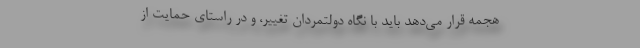
هجمه قرار می‌دهد باید با نگاه دولتمردان تغییر، و در راستای حمایت از